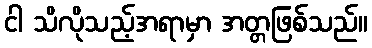
ငါ သိလိုသည့်အရာမှာ အတ္တဖြစ်သည်။